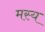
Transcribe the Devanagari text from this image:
मस्य